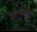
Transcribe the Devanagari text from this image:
स्थतियों